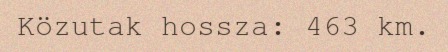
Közutak hossza: 463 km.